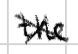
Text: the
Cross-out: cross
Writing tool: digital_black